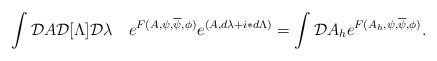
\begin{align*}\int {\cal D}A {\cal D}[\Lambda]{\cal D}\lambda\quad e^{F(A,\psi,\overline\psi,\phi)}e^{(A,d\lambda+i\ast d\Lambda)}= \int {\cal D}A_h e^{F(A_h,\psi,\overline\psi,\phi)}.\end{align*}